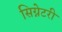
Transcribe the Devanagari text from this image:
सिग्नेटरी